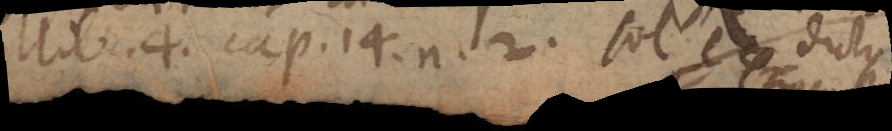
lib. 4 cap. 14. n. 2. Sol ex dictis